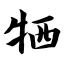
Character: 牺